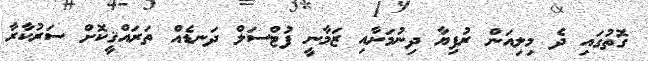
ގޮތުގައި ދެ މިލިއަން ރުފިޔާ ދިނުމަށާއި ޒަމާނީ ފުޓްސަލް ދަނޑެއް ތަރައްޤީކޮށް ސަރުކާރާ